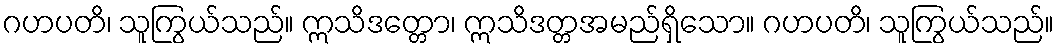
ဂဟပတိ၊ သူကြွယ်သည်။ ဣသိဒတ္တော၊ ဣသိဒတ္တအမည်ရှိသော။ ဂဟပတိ၊ သူကြွယ်သည်။